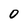
Character: 0